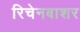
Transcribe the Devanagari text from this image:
रिचेनबाशर